Leaving Certificate Examination, 1920
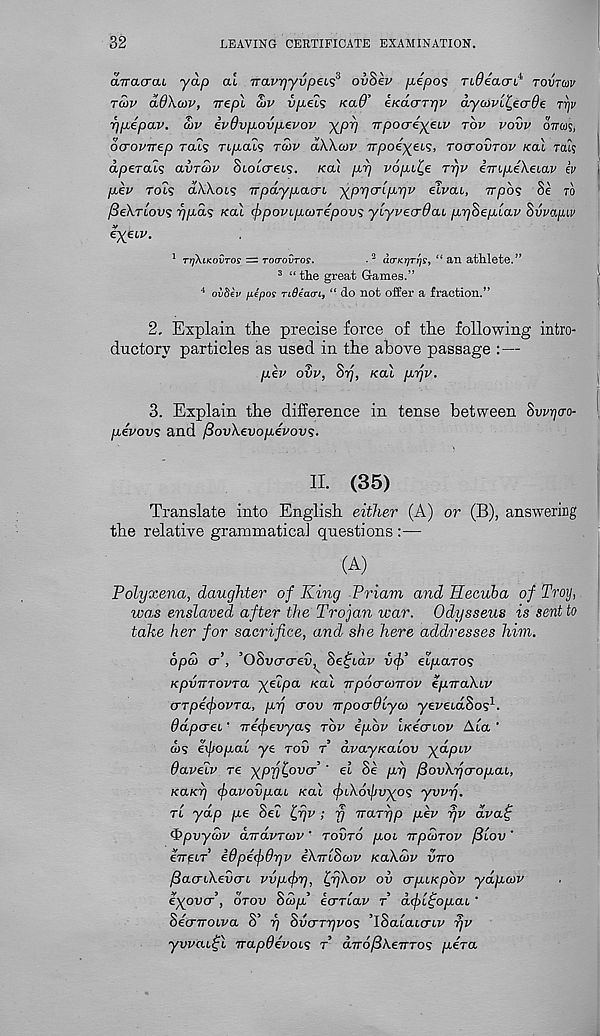
32
LEAVING CERTIFICATE EXAMINATION.
aTracnu yap at vavrjyvpeis 3 ovBev p-epos TideacrL* rovrav
Twv ad\a>v, Trepl aiv vpels Kad’ eKacrTrjv aycovL^eade tt)j/
ppjpav. a>v iv9vp.ovp.evov XPV TTpocreyeLV tov vovv orroiq,
ocrovirep Tals np-als tcov aWatv irpoe^et?, toctovtov xal rat?
aperais avrcov Stotcret?. Ka'i p.rj vopi'Qe rr/v impikeiav iv
p.ev rots aA.X.ot5 Trpdyp.ao'i yprjulppv elvai, irpos §e to
ySeXrtoug rjpds kol (j)povLp(VTepov^ yLyvecrOcu pr/SepLav Svvapiv
e X eLv.
1 TrjXiKovros ^ Toaovros.
. 2 dfrKTjTys, “ an athlete.”
3 “ the great Games.”
4 olSev fiipos ndeaa-i, “ do not offer a fraction.”
2, Explain the precise force of the following intro-
ductory particles as used in the above passage :—
pev ovv, Snj, xal prjv.
3. Explain the difference in tense between Swijo-o-
pevov<; and /SovXevopevovs.
II. (35)
Translate into English either (A) or (B), answering
the relative grammatica] questions :—
(A)
Polyxena, daughter of King Priam and Hecuba of Troy,
was enslaved after the Trojan war. Odysseus is sent to
take her for sacrifice, and she here addresses him.
opo) cr , Uovcrcrev, oeqiav v(p et/xaro?
KpvTTTOvra. X e T a A:a^ TTpocTcviTov epnaXiv
crTpic^ovTa, prj crov npocrOiya) yeveiaSos 1 .
ddpcrei' TT€(f>evya<; rbv ipbv lk4ctlov Ata ‘
&)? exbop.al ye tov t dvayKalov ydpiv
daveiv re yppljovcr ' el Se pi) /SovXyo-opai.,
Kaxi) (favovpaL xal (joi.Xoxfjvyo'; ywy.
tl yap pe Set ^yv ; fj waryp pev rjv dva^
<f>pvya>v dirdvratv' tovto poi npcoTov f3lov '
eireLT i9pe<f)dr)v iXirlboiv xaXatv vtto
jdacnXevcri vvpefy, lfi)Xov ov erpixpov ydpcov
eyovcr, otov Sup’ ecrriaf t d<f)l^op.aL ‘
SecnroLva S’ y Svcrryvos ’iSatatcrtv yv
yvvaitjl napdevois t drroftkeTTTOs pera